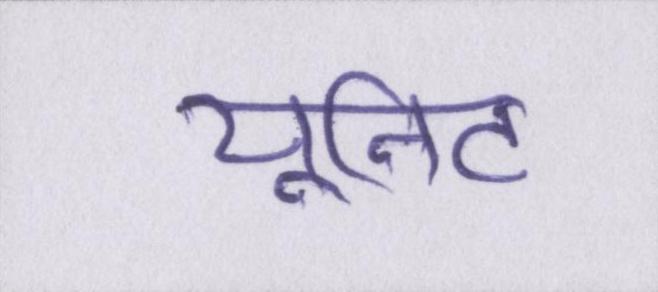
यूनिट